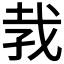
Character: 𪭋